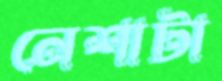
নেশাটা